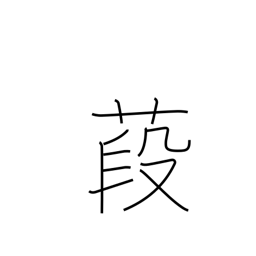
Meaning: althea